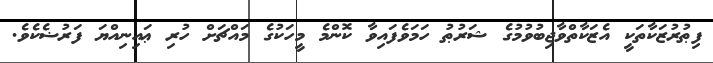
ފިޠުރުޒަކާތަކީ އެޒަކާތްވާޖިބުވުމުގެ ޝަރުޠު ހަމަވެފައިވާ ކޮންމެ މީހަކުގެ މައްޗަށް ހުރި ޢައިނިއްޔަ ފަރުޟެކެވެ.